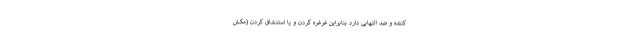
کننده و ضد التهابی دارد بنابراین غرغره کردن و یا استنشاق کردن (مکش